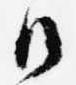
御